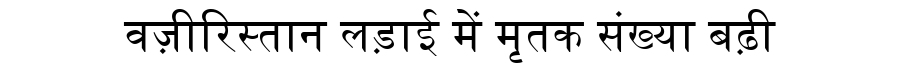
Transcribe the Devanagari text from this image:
वज़ीरिस्तान लड़ाई में मृतक संख्या बढ़ी